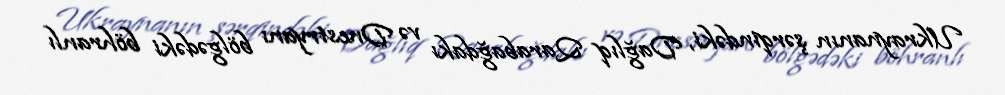
Ukraynanın şərqindəki, Dağlıq Qarabağdakı və Dnestryanı bölgədəki böhranlı